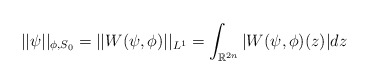
\begin{align*}||\psi||_{\phi,S_{0}}=||W(\psi,\phi)||_{L^{1}}=\int_{\mathbb{R}^{2n}}|W(\psi,\phi)(z)|dz \end{align*}